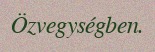
Özvegységben.